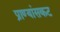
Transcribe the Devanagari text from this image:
प्राण्यांसकट